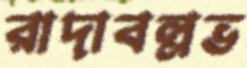
রাদাবল্লভ